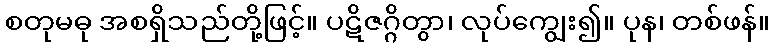
စတုမဓု အစရှိသည်တို့ဖြင့်။ ပဋိဇဂ္ဂိတွာ၊ လုပ်ကျွေး၍။ ပုန၊ တစ်ဖန်။